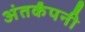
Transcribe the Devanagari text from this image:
अंतर्कंपनी